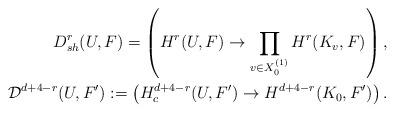
LaTeX: \begin{align*}D^r_{sh}(U,F) = \left( H^r(U,F) \rightarrow \prod_{v \in X^{(1)}_0} H^r(K_v,F)\right), \\\mathcal{D}^{d+4-r}(U,F'):= \left( H^{d+4-r}_c(U,F') \rightarrow H^{d+4-r} (K_0, F')\right) .\end{align*}